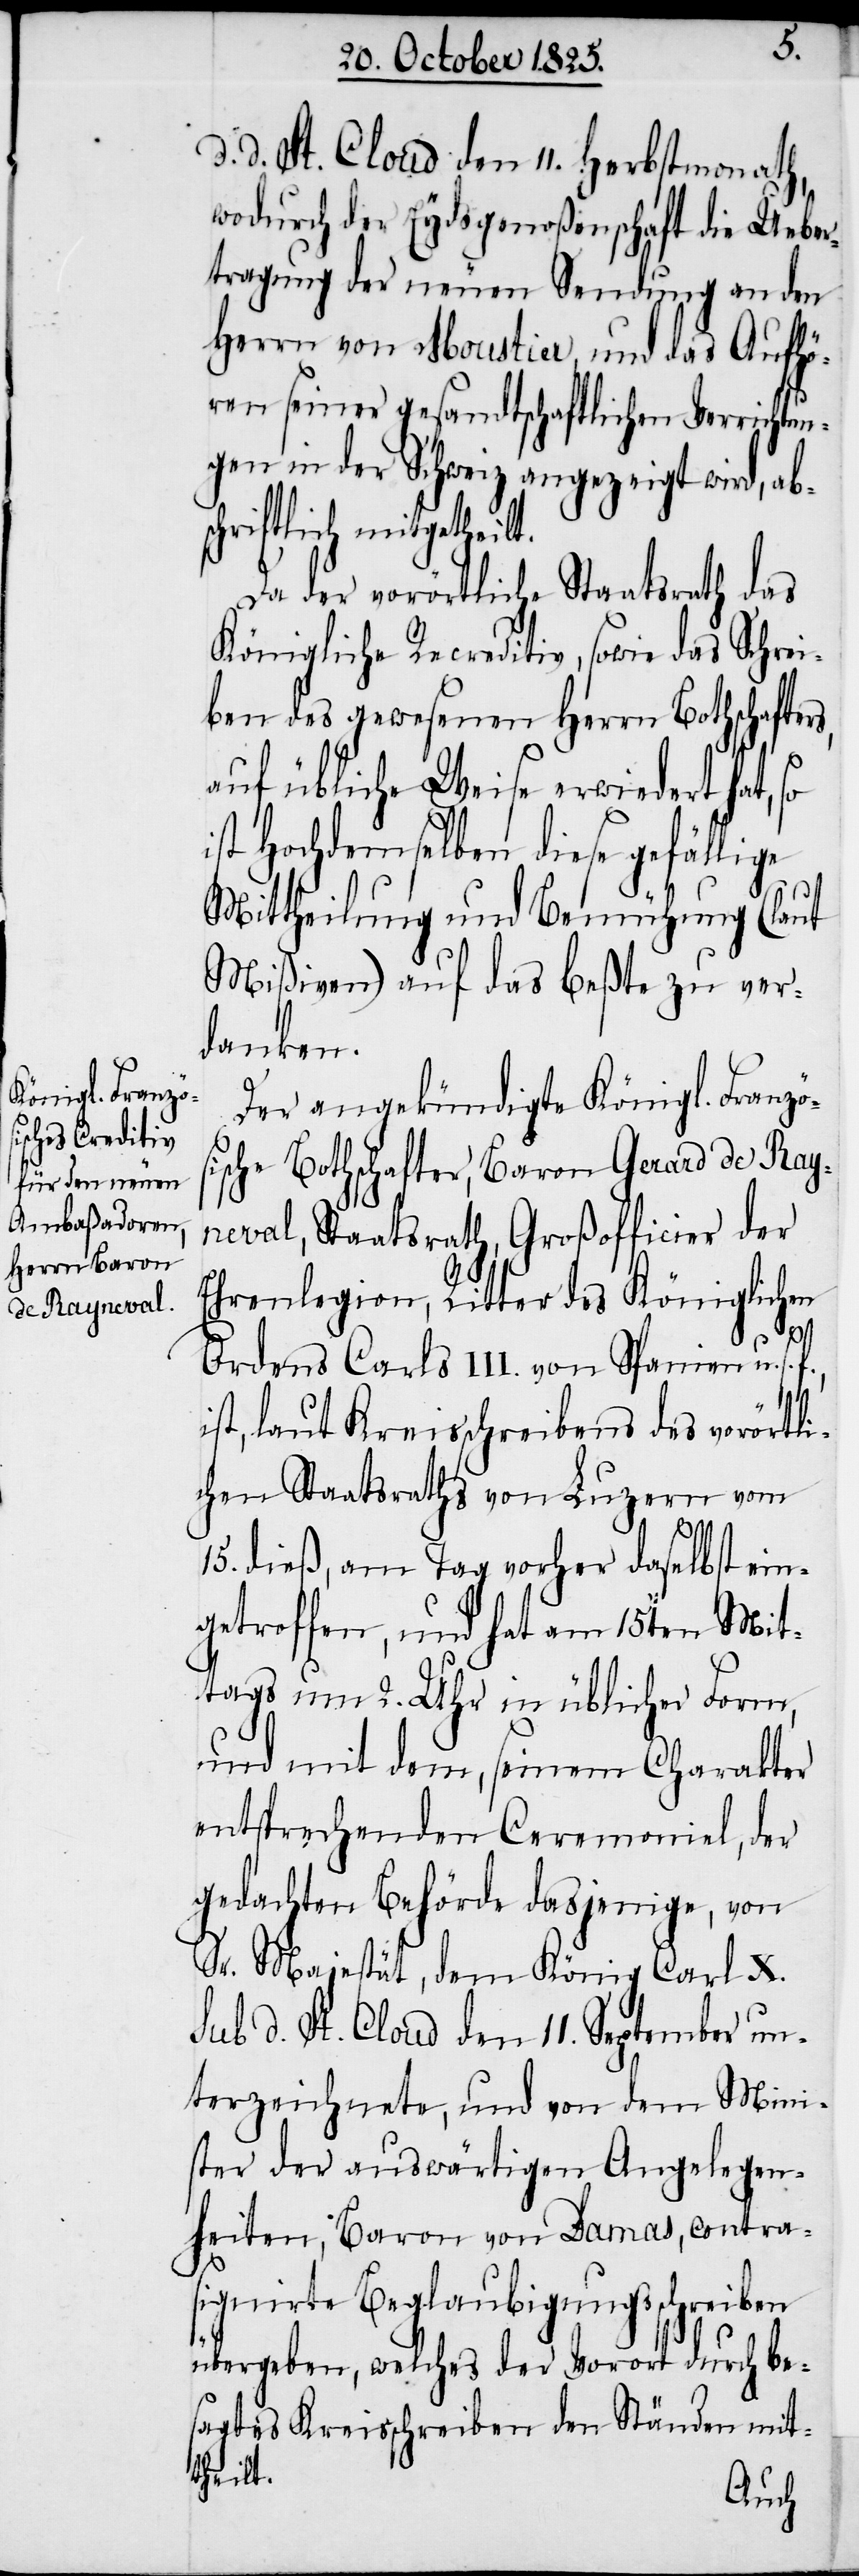
d. d. St. Cloud den 11. Herbstmonath,
wodurch der Eydsgenoßenschaft die Ueber¬
tragung der neuen Sendung an den
Herrn von Moustier und das Aufhö¬
ren seiner gesandtschaftlichen Verrichtun¬
gen in der Schweiz angezeigt wird, abs¬
chriftlich mitgetheilt.
Da der vorörtliche Staatsrath das
Königliche Recreditiv, sowie das Schrei¬
ben des gewesenen Herrn Bothschafter¬
auf übliche Weise erwiedert hat, so
ist Hochdemselben diese gefällige
Mittheilung und Bemühung (laut
Mißiven) auf das beßte zu ver¬
danken.
Der angekündigte Königl. Französ¬
ische Bothschafter, Baron Gerard de Ray¬
neval, Staatsrath, Großofficier der
Ehrenlegion, Ritter des Königlichen
Ordens Carls III. von Spanien u.
ist, laut Kreisschreibens des vorörtli¬
chen Staatsraths von Luzern vom
f.,
15. dieß, am Tag vorher daselbst ein¬
getroffen, und hat am 15ten Mit¬
tags um 2. Uhr in üblicher Form,
und mit dem, seinem Charakter
entsprechenden Ceremoniel, der
gedachten Behörde dasjenige, von
Sr. Majestät, dem König Carl X.
sub d. St. Cloud den 11. September un¬
terzeichnete, und von dem Mini¬
ster der auswärtigen Angelegen¬
heiten, Baron von Damas, contra¬
signirte Beglaubigungsschreiben
übergeben, welches der Vorort durch be¬
sagtes Kreisschreiben den Ständen mit¬
theilt.